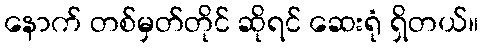
နောက် တစ်မှတ်တိုင် ဆိုရင် ဆေးရုံ ရှိတယ်။